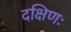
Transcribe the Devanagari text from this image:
दक्षिणः